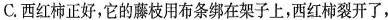
C.西红柿正好，它的藤枝用布条绑在架子上，西红柿裂开了，